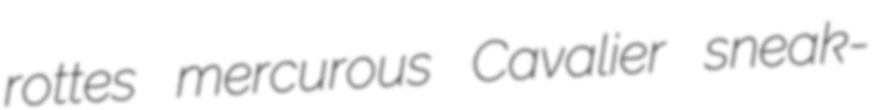
rottes mercurous Cavalier sneak-